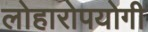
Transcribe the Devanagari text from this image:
लोहारोपयोगी